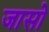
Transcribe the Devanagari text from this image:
जासो